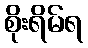
စိုးရိမ်ရ